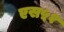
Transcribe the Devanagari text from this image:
एस५१